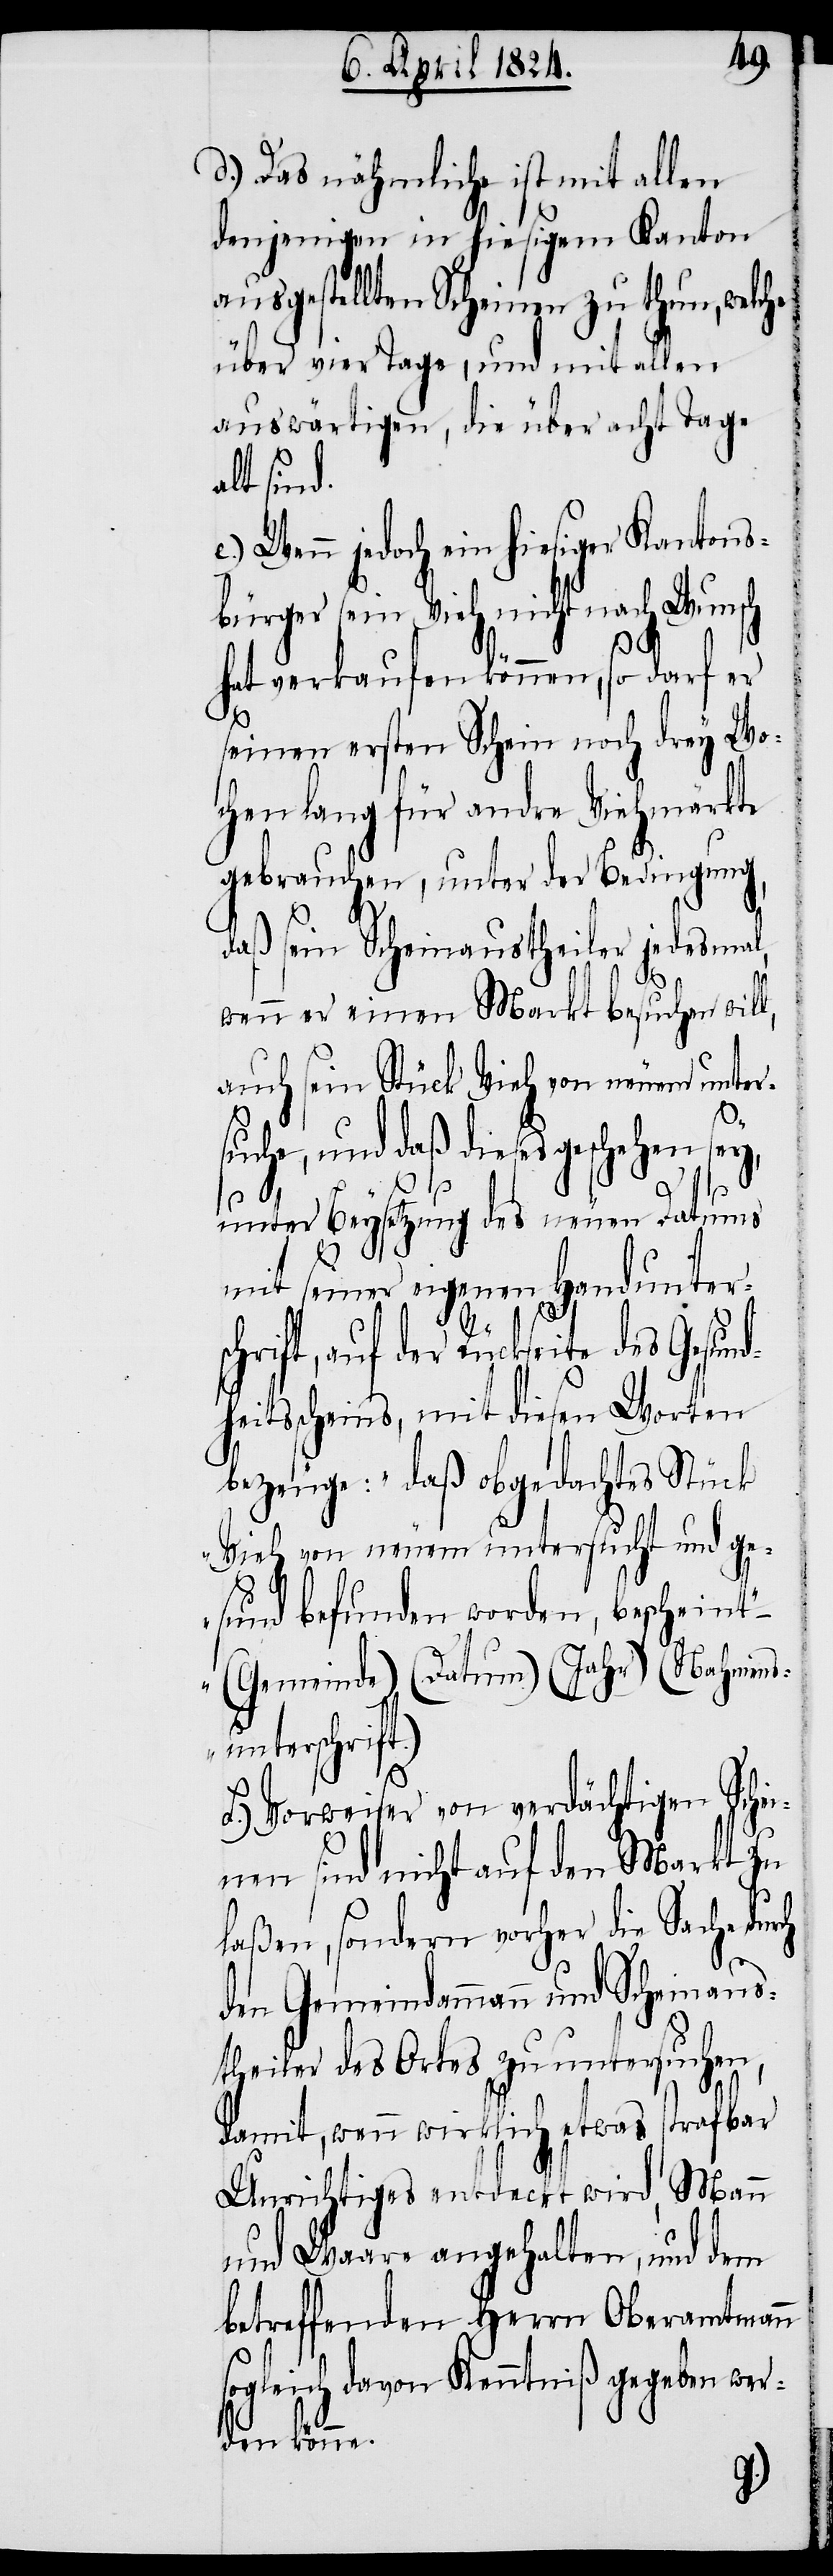
t)“.
d.) Das nähmliche ist mit allen
denjenigen in hiesigem Kanton
ausgestellten Scheinen zu thun, welche
über vier Tage, und mit allen
auswärtigen, die über acht Tage
Gesund¬
Wenn jedoch ein hiesiger Kantons¬
bürger sein Vieh nicht nach Wunsch
hat verkaufen können, so darf er
seinen ersten Schein noch drey Wo¬
chen lang für andre Viehmärkte
gebrauchen, unter der Bedingung,
daß sein Scheinaustheiler jedesmal,
wenn er einen Markt besuchen will,
auch sein Stück Vieh von neuem unter¬
suche, und daß dieses geschehen
unter Beysetzung des neuen Datums
mit seiner eigenen Handunters¬
chrift, auf der Rückseite des
heitsscheins, mit diesen Worten
bezeuge: „daß obgedachtes Stück
Vieh von neuem untersucht und ge¬
sund befunden worden, bescheint“
(Nahmens¬
„(Gemeinde) (Datum) (Jahr)
unterschrif¬
f.) Vorweiser von verdächtigen Schei¬
nen sind nicht auf den Markt zu
laßen, sondern vorher die Sache durch
den Gemeindammann und Scheinaus¬
theiler des Ortes zu untersuchen,
damit, wenn wirklich etwas strafbar
Unrichtiges entdeckt wird, Mann
und Waare angehalten, und dem
betreffenden Herrn Oberamtmann
sogleich davon Kenntniß gegeben wer¬
den könne.